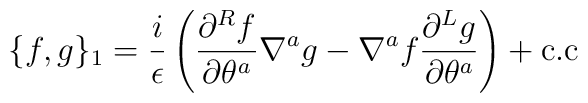
\{ f,g\}_1 = \frac{i}{\epsilon}\left (	     \frac{\partial ^R f}{\partial \theta^a} \nabla^{a}g -   \nabla^{a}f \frac{\partial^L g }{\partial\theta^a } \right ) +{\rm c.c}